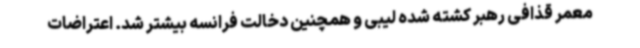
معمر قذافی رهبر کشته شده لیبی و همچنین دخالت فرانسه بیشتر شد. اعتراضات